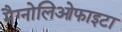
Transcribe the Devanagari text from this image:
मैग्नोलिओफाइटा